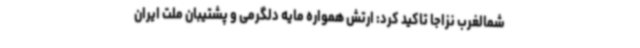
شمالغرب نزاجا تاکید کرد: ارتش همواره مایه دلگرمی و پشتیبان ملت ایران